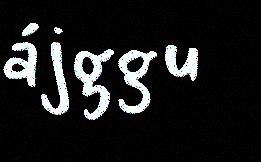
ájggu